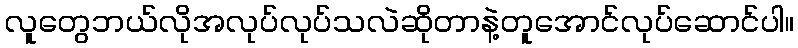
လူတွေဘယ်လိုအလုပ်လုပ်သလဲဆိုတာနဲ့တူအောင်လုပ်ဆောင်ပါ။